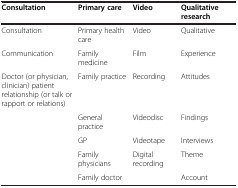
<table><thead><tr><td><b>Consultation</b></td><td><b>Primary care</b></td><td><b>Video</b></td><td><b>Qualitative research</b></td></tr></thead><tbody><tr><td>Consultation</td><td>Primary health care</td><td>Video</td><td>Qualitative</td></tr><tr><td>Communication</td><td>Family medicine</td><td>Film</td><td>Experience</td></tr><tr><td>Doctor (or physician, clinician) patient relationship (or talk or rapport or relations)</td><td>Family practice</td><td>Recording</td><td>Attitudes</td></tr><tr><td> </td><td>General practice</td><td>Videodisc</td><td>Findings</td></tr><tr><td> </td><td>GP</td><td>Videotape</td><td>Interviews</td></tr><tr><td> </td><td>Family physicians</td><td>Digital recording</td><td>Theme</td></tr><tr><td> </td><td>Family doctor</td><td> </td><td>Account</td></tr></tbody></table>